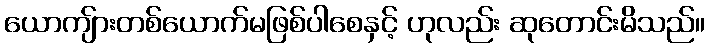
ယောကျ်ားတစ်ယောက်မဖြစ်ပါစေနှင့် ဟုလည်း ဆုတောင်းမိသည်။